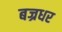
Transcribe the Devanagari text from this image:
बज्रधर